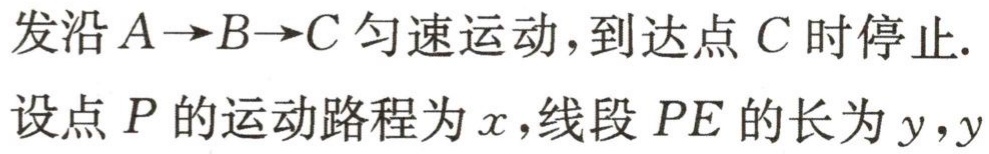
发沿\(A\rightarrow B\rightarrow C\)匀速运动,到达点\(C\)时停止.

设点\(P\)的运动路程为\(x\),线段\(PE\)的长为\(y\),\(y\)